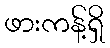
ဖားကန့်ရှိ